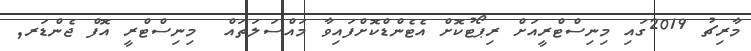
މާރިޗު 2019ގައި މިނިސްޓްރީއަށް ރިޕޯޓުކޮށް އެޓެންޑްކޮށްފައިވާ މައްސަލަތައް  މިނިސްޓްރީ އޮފް ޖެންޑަރ